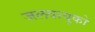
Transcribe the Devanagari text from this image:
जलवायुको